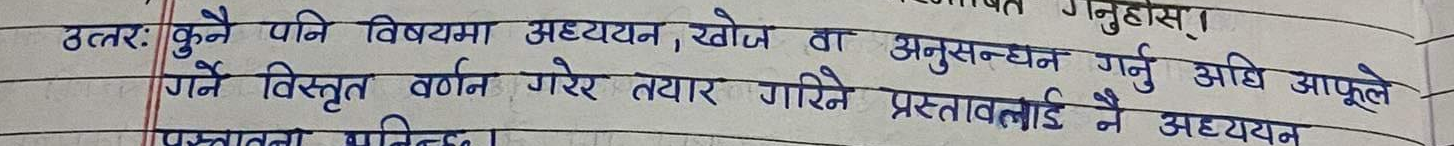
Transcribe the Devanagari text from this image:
उत्तर: कुनै पनि विषयमा अध्ययन, खोज वा अनुसन्धान गर्नु अघि आफूले
गर्ने विस्तृत वर्णन गरेर तयार गरिने प्रस्तावलाई नै अध्ययन
प्रस्ताव मानिन्छ।